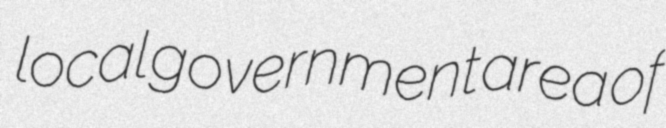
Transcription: local government area of